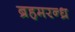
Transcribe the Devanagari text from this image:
ब्रहमरन्ध्र